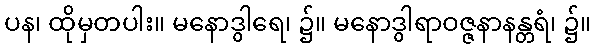
ပန၊ ထိုမှတပါး။ မနောဒွါရေ၊ ၌။ မနောဒွါရာဝဇ္ဇနာနန္တရံ၊ ၌။